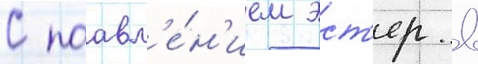
С поавл'е́н'ием эст'ер в